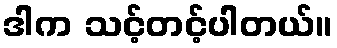
ဒါက သင့်တင့်ပါတယ်။